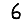
Digit: 6